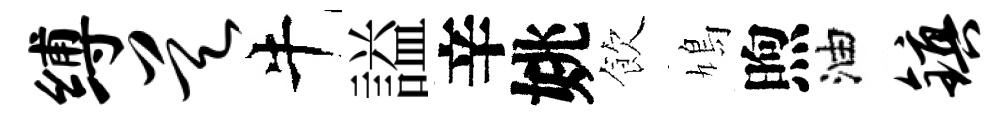
缚昊牛謚辛姚飲鳩煦油镇